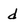
Character: d